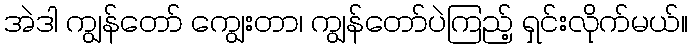
အဲဒါ ကျွန်တော် ကျွေးတာ၊ ကျွန်တော်ပဲကြည့် ရှင်းလိုက်မယ်။